Annual report of the Punjab Veterinary College and of the Civil Veterinary Department, Punjab - 1920-1925
Year: 1920
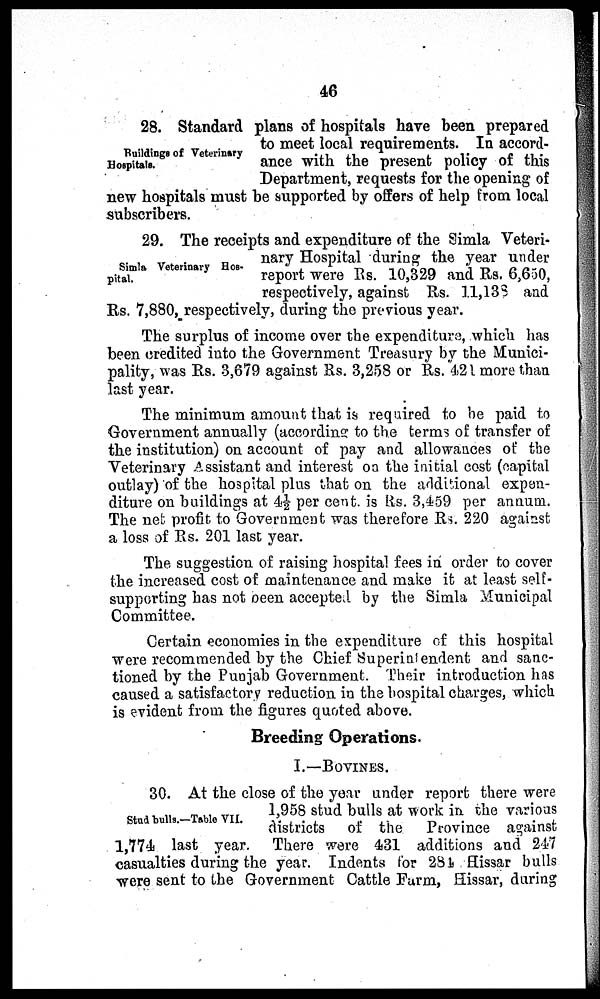
46
Buildings of Veterinary
Hospitals.
28. Standard plans of hospitals have been prepared
to meet local requirements. In accord-
ance with the present policy of this
Department, requests for the opening of
new hospitals must be supported by offers of help from local
subscribers.
Simla Veterinary Hos-
pital.
29. The receipts and expenditure of the Simla Veteri-
nary Hospital during the year under
report were Rs. 10,329 and Rs. 6,650,
respectively, against Rs. 11,138 and
Rs. 7,880, respectively, during the previous year.
The surplus of income over the expenditure, which has
been credited into the Government Treasury by the Munici-
pality, was Rs. 3,679 against Rs. 3,258 or Rs. 421 more than
last year.
The minimum amount that is required to be paid to
Government annually (according to the terms of transfer of
the institution) on account of pay and allowances of the
Veterinary Assistant and interest on the initial cost (capital
outlay) of the hospital plus that on the additional expen-
diture on buildings at 4½ per cent. is Rs. 3,459 per annum.
The net profit to Government was therefore Rs. 220 against
a loss of Rs. 201 last year.
The suggestion of raising hospital fees in order to cover
the increased cost of maintenance and make it at least self-
supporting has not been accepted by the Simla Municipal
Committee.
Certain economies in the expenditure of this hospital
were recommended by the Chief Superintendent and sanc-
tioned by the Punjab Government. Their introduction has
caused a satisfactory reduction in the hospital charges, which
is evident from the figures quoted above.
Breeding Operations.
I.—BOVINES.
Stud bulls.—Table VII.
30. At the close of the year under report there were
1,958 stud bulls at work in the various
districts of the
Province against
1,774 last year. There were 431 additions and 217
casualties during the year. Indents for 284 Hissar bulls
were sent to the Government Cattle Farm, Hissar, during